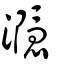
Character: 㶏